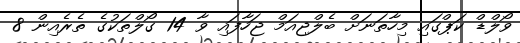
ވޯލްޑް ކަޕްގައި މިހާތަނަށް ބެލްޖިއަމް ޖަހާފައި ވާ 14 ގޯލްތަކުގެ ތެރެއިން 8